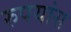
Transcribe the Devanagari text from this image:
रुपयांस